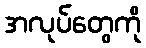
အလုပ်တွေကို